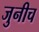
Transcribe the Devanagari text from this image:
जुनीच